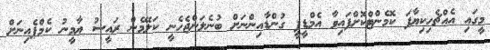
މީގައި އެއްޗެހިކިޔާފަ ކޮމެންޓްކޮށްފައިވާ އެމްޑީޕީ ގުންޑާއިންނަށް ބުނެލަންޖެހެނީ ކަލޭމެން ރައީސު ޔާމީނު ކެމްޕެއިނަށް